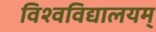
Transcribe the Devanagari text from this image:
विश्वविद्यालयम्‌